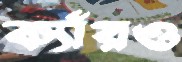
ক্যাঁয়ও